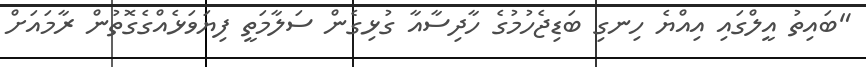
"ބައިތު އީލްގައި އިއްޔެ ހިނގި ބަޑިޖެހުމުގެ ހާދިސާއާ ގުޅިގެން ސަލާމަތީ ފިޔަވަޅެއްގެގޮތުން ރާމައަށް